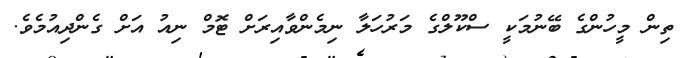
ތިން މީހުންގެ ބޭނުމަކީ ސްކޫލްގެ މަރުހަލާ ނިމެންވާއިރަށް ޓޮމް ނިއު އަށް ގެންދިއުމެވެ.